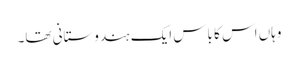
وہاں اس کا باس ایک ہندوستانی تھا۔